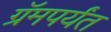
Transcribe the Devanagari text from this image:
ग्रॅमपर्यंत